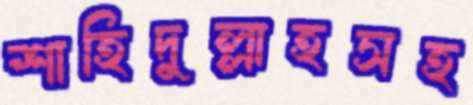
শাহিদুল্লাহসহ